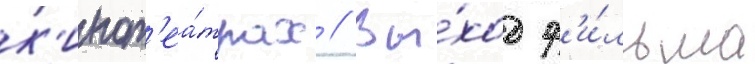
к'инот'еа́трах // Вы́ход ф'и́льма